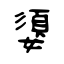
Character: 嬃